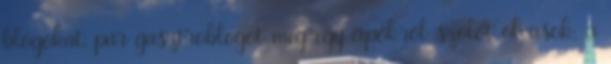
blogokat, pár gasztroblogot meg egy cipőkről szólót olvasok. a